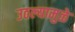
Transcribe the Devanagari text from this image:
उठल्यामुळे